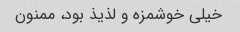
خیلی خوشمزه و لذیذ بود، ممنون